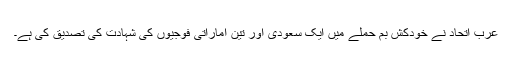
عرب اتحاد نے خودکش بم حملے میں ایک سعودی اور تین اماراتی فوجیوں کی شہادت کی تصدیق کی ہے۔